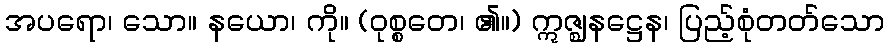
အပရော၊ သော။ နယော၊ ကို။ (ဝုစ္စတေ၊ ၏။) ဣဇ္ဈနဋ္ဌေန၊ ပြည့်စုံတတ်သော